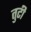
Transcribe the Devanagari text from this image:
तुटी